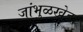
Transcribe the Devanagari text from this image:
जांभुळखेडा